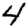
Digit: 4